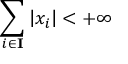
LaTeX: \sum _ { i \in \mathbf { I } } \left| x _ { i } \right| < + \infty